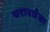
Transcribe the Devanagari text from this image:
सरावलेला